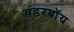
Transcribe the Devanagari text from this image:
वंडरबॉय